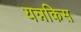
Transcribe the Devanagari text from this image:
यन्नकिस